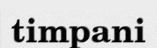
timpani